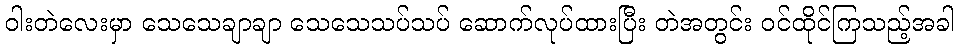
ဝါးတဲလေးမှာ သေသေချာချာ သေသေသပ်သပ် ဆောက်လုပ်ထားပြီး တဲအတွင်း ဝင်ထိုင်ကြသည့်အခါ